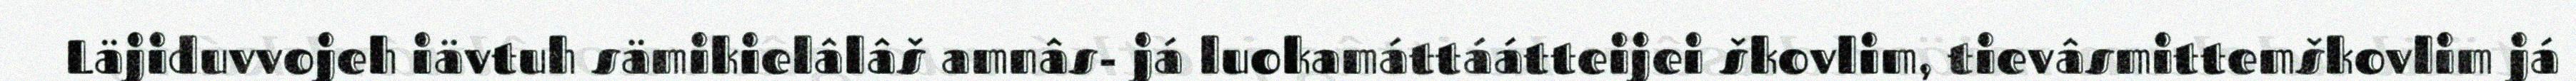
Läjiduvvojeh iävtuh sämikielâlâš amnâs- já luokamáttáátteijei škovlim, tievâsmittemškovlim já